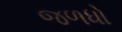
જળધો